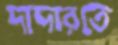
দাদারতে